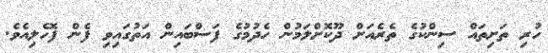
ހުރި ތަށިތައް ސިންކުގެ ތެރެއަށް ދޫކޮށްލަމުން ހެދުމުގެ ފަސްބައިން އަތުގައިވި ފެން ފޮހެލިއެވެ.